Vaccination in Bombay 1913-1923 - 1913-1923
Year: 1913
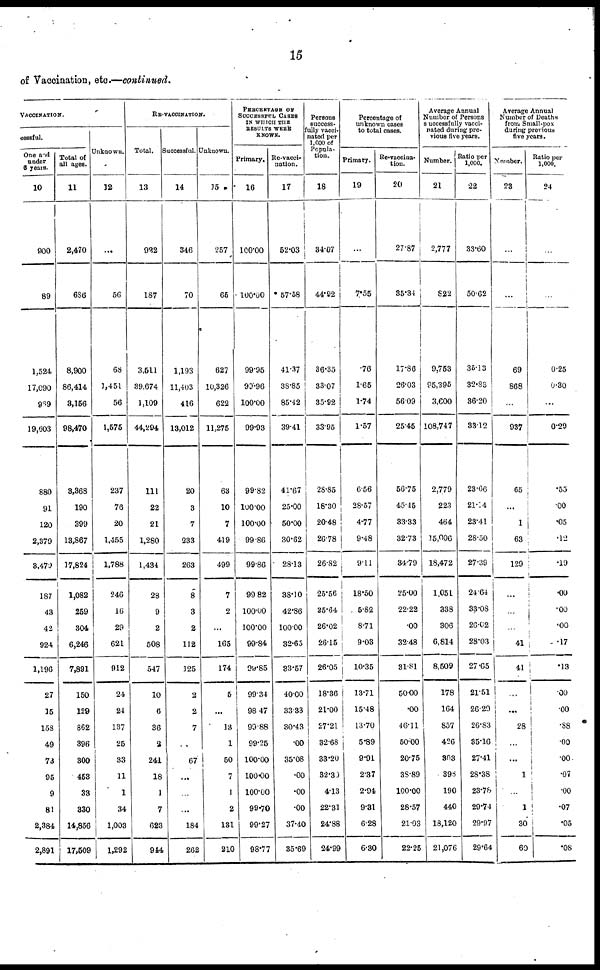
15
of Vaccination, etc.—continued.
VACCINATION.
cessful.
One and
under
6 years.
10
900
89
1,524
17,090
989
19,603
880
91
120
2,379
8,479
187
43
42
924
1,196
27
15
158
49
73
95
9
81
2,384
2,891
Total of
all ages.
11
2,470
686
8,900
86,414
3,156
98,470
3,368
190
399
13,867
17,824
1,082
259
304
6,246
7,891
150
129
862
396
300
453
33
330
14,856
17,509
Unknown.
12
...
56
68
1,451
56
1,575
237
76
20
1,455
1,788
246
16
29
621
912
24
24
137
25
33
11
1
34
1,003
1,292
RE-VACCINATION.
Total.
13
922
187
3,511
39,674
1,109
44,294
111
22
21
1,280
1,434
28
9
2
508
547
10
6
36
2
241
18
1
7
623
944
Successful.
14
346
70
1,193
11,403
416
13,012
20
3
7
233
263
8
3
2
112
125
2
2
7
...
67
...
...
...
184
262
Unknown.
15
257
65
627
10,326
622
11,275
63
10
7
419
499
7
2
...
165
174
5
...
13
1
50
7
1
2
131
210
PERCENTAGE OF
SUCCESSFUL CASES
IN WHICH THE
RESULTS WERE
KNOWN.
Primary.
16
100.00
100.00
99.95
90.96
100.00
99.93
99.82
100.00
100.00
99.86
99.86
99.82
100.00
100.00
99.84
99.85
99.34
98.47
99.88
99.25
100.00
100.00
100.00
99.70
99.27
98.77
Re-vacci-
nation.
17
52.03
57.58
41.37
38.85
85.42
39.41
41.67
25.00
50.00
30.62
28.13
38.10
42.86
100.00
32.65
33.57
40.00
33.33
30.43
.00
35.08
.00
.00
.00
37.40
35.69
Persons
success-
fully vacci-
nated per
1,000 of
Popula-
tion.
18
34.07
44.92
36.35
33.07
35.92
33.95
28.85
18.30
20.48
26.78
26.82
25.56
25.64
26.02
26.15
26.05
18.36
21.00
27.21
32.68
33.20
32.30
4.13
22.31
24.88
24.99
Percentage of
unknown cases
to total cases.
Primary.
19
...
7.55
.76
1.65
1.74
1.57
6.56
28.57
4.77
9.48
9.11
18.50
5.82
8.71
9.03
10.35
13.71
15.48
13.70
5.89
9.91
2.37
2.94
9.31
6.28
6.30
Re-vaccina-
tion.
20
27.87
35.34
17.86
26.03
56.09
25.45
56.75
45.45
33.33
32.73
34.79
25.00
22.22
.00
32.48
31.81
50.00
.00
46.11
50.00
20.75
38.89
100.00
28.57
21.03
22.25
Average Annual
Number of Persons
successfully vacci-
nated during pre-
vious five years.
Number.
21
2,777
822
9,753
95,395
3,600
108,747
2,779
223
464
15,006
18,472
1,051
338
306
6,814
8,509
178
164
857
426
303
398
190
440
18,120
21,076
Ratio per
1,000.
22
33.60
50.62
35.13
32.83
36.20
33.12
23.66
21.14
23.41
28.50
27.39
24.64
33.08
26.02
28.03
27.65
21.51
26.29
26.83
35.16
27.41
28.38
23.78
29.74
29.97
29.64
Average Annual
Number of Deaths
from Small-pox
during previous
five years.
Number.
23
...
...
69
868
...
937
65
...
1
63
129
...
...
...
41
41
...
...
28
...
...
1
...
1
30
60
Ratio per
1,000.
24
...
...
0.25
0.30
...
0.29
.55
.00
.05
.12
.19
.00
.00
.00
.17
.13
.00
.00
.88
.00
.00
.07
.00
.07
.05
.08